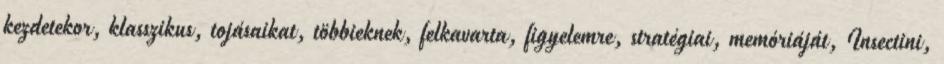
kezdetekor, klasszikus, tojásaikat, többieknek, felkavarta, figyelemre, stratégiai, memóriáját, Insectini,